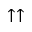
\uparrow \uparrow